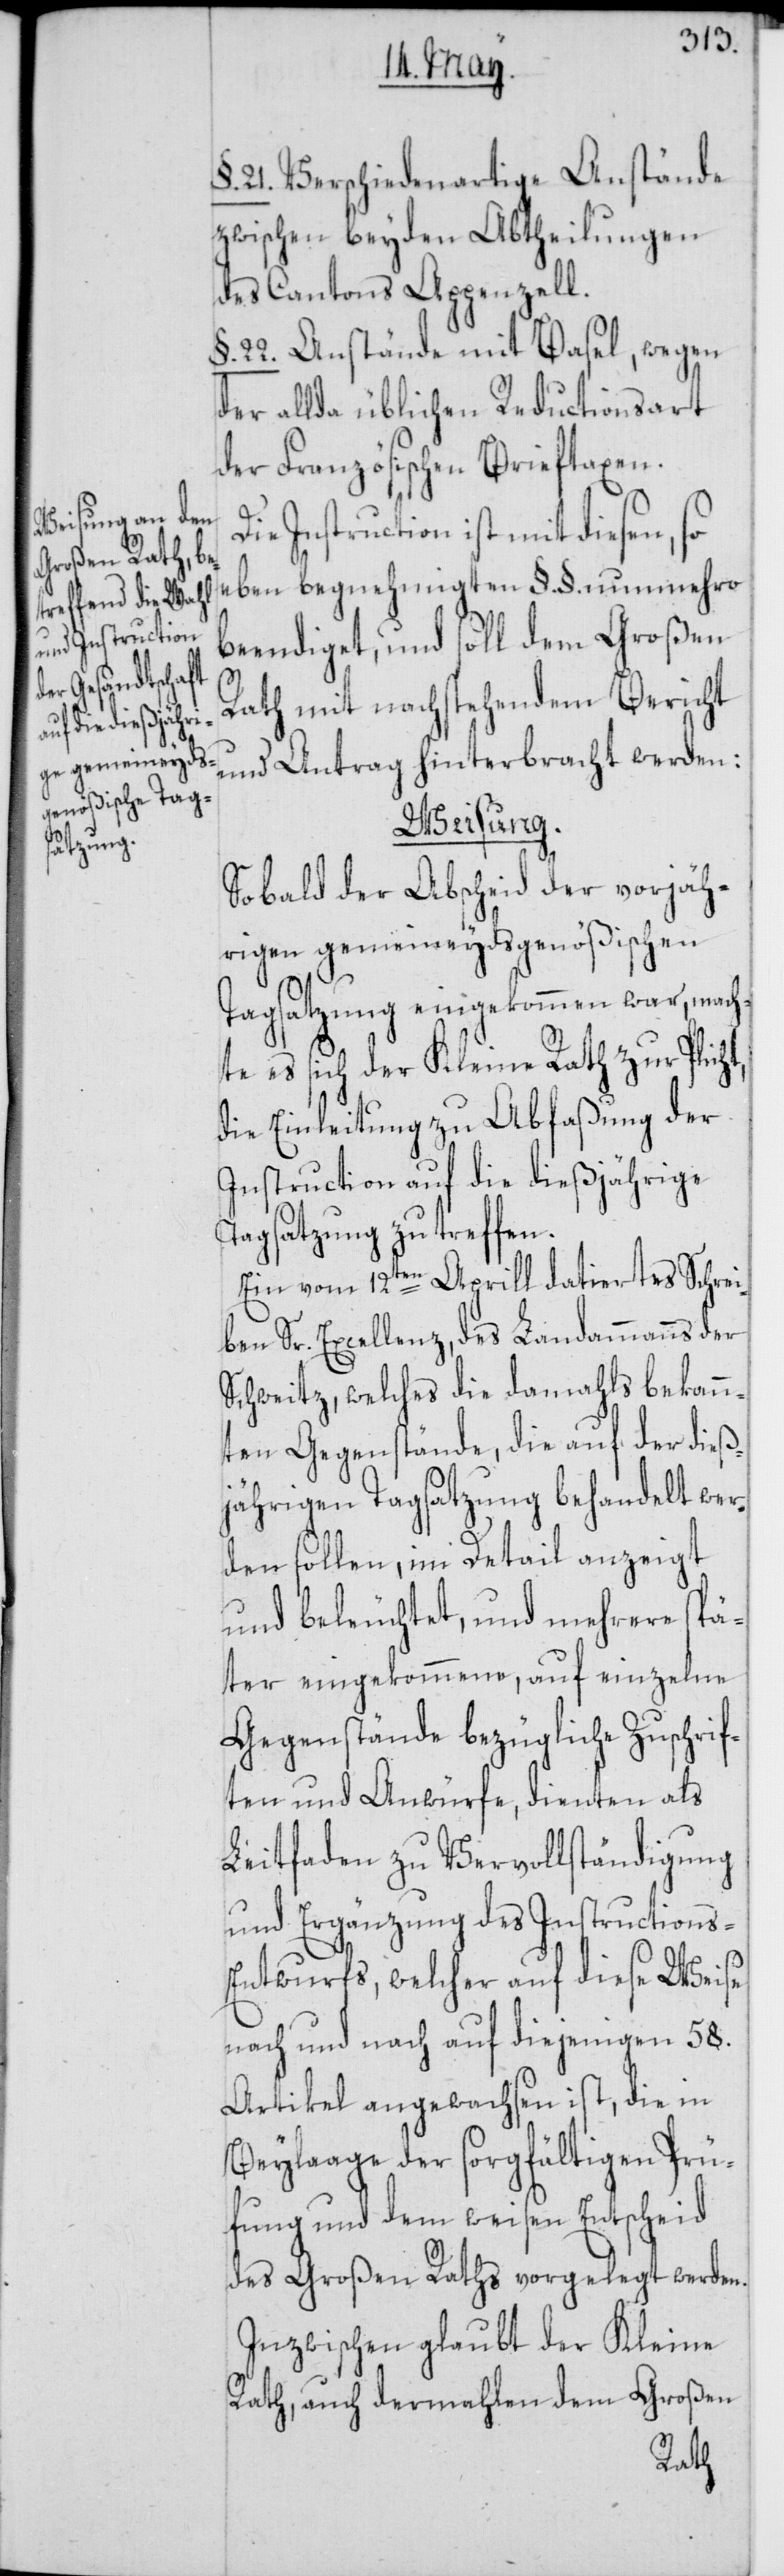
§. 21. Verschiedenartige Anstände
zwischen beyden Abtheilungen
des Cantons Appenzell.
§. 22. Anstände mit Basel, wegen
der allda üblichen Reductionsart
der Französischen Brieftaxen.
Die Instruction ist mit diesen, so
eben begnehmigten §. §. nunmehro
beendiget, und soll dem Großen
Rath mit nachstehendem Bericht
und Antrag hinterbracht werden:
cht,
Sobald der Abscheid der vorjäh¬
rigen gemeineydsgenößischen
Tagsatzung eingekommen war, mach¬
te es sich der Kleine Rath zur Pfli¬
die Einleitung zu Abfaßung der
Instruction auf die dießjährige
Tagsatzung zu treffen.
Ein vom 12ten Aprill datiertes Schrei¬
ben Sr. Excellenz, des Landammanns der
Schweitz, welches die damahls bekann¬
ten Gegenstände, die auf der dieß¬
jährigen Tagsatzung behandelt wer¬
den sollen, im Detail anzeigt
und beleuchtet, und mehrere spä¬
ter eingekommene, auf einzelne
Gegenstände bezügliche Zuschrif¬
ten und Anwürfe, dienten als
Leitfaden zu Vervollständigung
und Ergänzung des Instructions-E¬
ntwurfs, welcher auf diese Weise
nach und nach auf diejenigen 58.
Artikel angewachsen ist, die in
Beylaage der sorgfältigen Prü¬
fung und dem weisen Entscheid
des Großen Raths vorgelegt werden.
Inzwischen glaubt der Kleine
Rath, auch dermahlen dem Großen